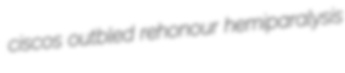
ciscos outbled rehonour hemiparalysis